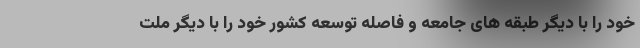
خود را با دیگر طبقه های جامعه و فاصله توسعه کشور خود را با دیگر ملت